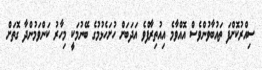
ސިއްރުކޮށްފަ ތައުބާވުންވެސް އޮއްވާމެ އިއުތިރާފްވެ އަދަބަށް ހުށަހެޅުމުގެ ބޭނުމަކީ މިހާރު ކަންވަމުންދާ ގޮތަށް